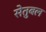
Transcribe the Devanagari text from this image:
सेतुबल